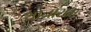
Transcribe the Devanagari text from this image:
थानाराम